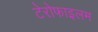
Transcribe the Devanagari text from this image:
टेरोफाइलम